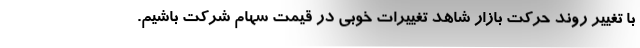
با تغییر روند حرکت بازار شاهد تغییرات خوبی در قیمت سهام شرکت باشیم.